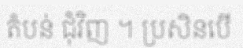
តំបន់ ជុំវិញ ។ ប្រសិនបើ